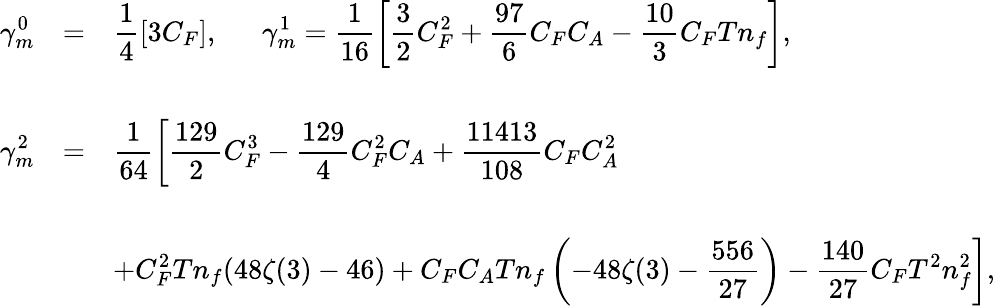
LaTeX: \begin{array}{lll}{{\displaystyle\gamma_{m}^{0}}}&{{=}}&{{\displaystyle\frac{1}{4}[3C_{F}],\ \ \ \ \ \ \gamma_{m}^{1}=\displaystyle\frac{1}{16}\left[\frac{3}{2}C_{F}^{2}+\frac{97}{6}C_{F}C_{A}-\frac{10}{3}C_{F}Tn_{f}\right]{},}}\\ {{{}}}\\ {{\displaystyle\gamma_{m}^{2}}}&{{=}}&{{\displaystyle\frac{1}{64}\left[\frac{129}{2}C_{F}^{3}-\frac{129}{4}C_{F}^{2}C_{A}+\frac{11413}{108}C_{F}C_{A}^{2}\right.}}\\ {{\displaystyle{}}}\\ {{}}&{{}}&{{\displaystyle\left.+C_{F}^{2}Tn_{f}(48\zeta(3)-46)+C_{F}C_{A}Tn_{f}\left(-48\zeta(3)-\frac{556}{27}\right)-\frac{140}{27}C_{F}T^{2}n_{f}^{2}\right]{},}}\end{array}